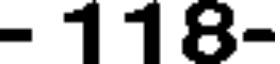
- 118-